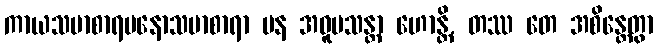
ကာယသမာစာရမနောသမာစာရာ ပန အဝူပသန္တာ ဟောန္တိ, တဿ တေ အစိန္တေတွာ